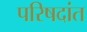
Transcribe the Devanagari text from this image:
परिषदांत